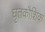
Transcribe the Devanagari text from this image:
घृतकौशिक